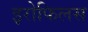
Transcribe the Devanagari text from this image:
इरोफिलस